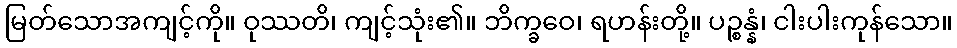
မြတ်သောအကျင့်ကို။ ဝုဿတိ၊ ကျင့်သုံး၏။ ဘိက္ခဝေ၊ ရဟန်းတို့။ ပဉ္စန္နံ၊ ငါးပါးကုန်သော။